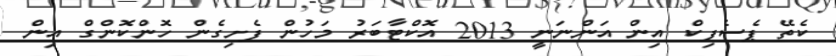
ކެތޭ ޕެސެފިކް އިން އަންނަނީ 2013 އޮކްޓާބަރު މަހުން ފެށިގެން ހޮންކޮންގް އިން